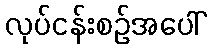
လုပ်ငန်းစဉ်အပေါ်